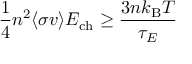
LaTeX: { \frac { 1 } { 4 } } n ^ { 2 } \langle \sigma v \rangle E _ { \mathrm { { c h } } } \geq { \frac { 3 n k _ { \mathrm { { B } } } T } { \tau _ { E } } }